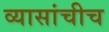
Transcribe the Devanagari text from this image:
व्यासांचीच